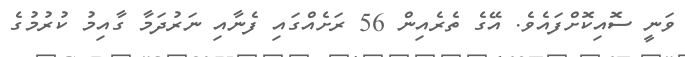
ވަނީ ސޮއިކޮށްފައެވެ. އޭގެ ތެރެއިން 56 ރަށެއްގައި ފެނާއި ނަރުދަމާ ގާއިމު ކުރުމުގެ